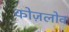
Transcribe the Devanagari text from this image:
कोज़लोव